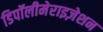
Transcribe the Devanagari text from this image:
डिपॉलीमेराइज़ेशन